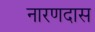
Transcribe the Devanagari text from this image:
नारणदास